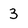
Character: 3